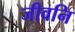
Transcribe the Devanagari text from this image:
जीवनि